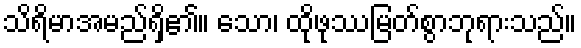
သိရိမာအမည်ရှိ၏။ သော၊ ထိုဖုဿမြတ်စွာဘုရားသည်။